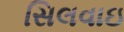
સિલવાઇ